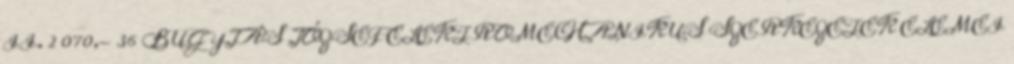
II. 2 070,- 36 BUGYJÁS JÓZSEF ELEKTROMECHANIKUS SZERKEZETEK ELEMEI